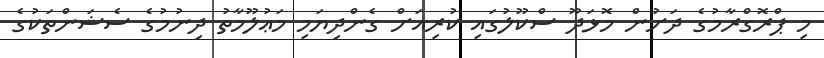
މި ޕްރޮގްރާމުގެ ދަށުން މޮޅަދޫ ސްކޫލުގައި ކުރިއަށް ގެންދިޔަމި މަޢުލޫމާތު ދިނުމުގެ ސެޝަންތަކުގެ